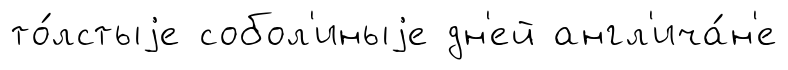
то́лстыjе собол'иныjе дн'ей англ'ича́н'е